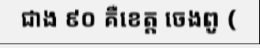
ជាង ៩០ គឺខេត្ត ចេងពូ (